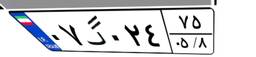
۲۸گ۱۱۰۱۳